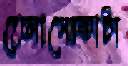
তেলাপোকাটা